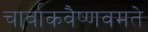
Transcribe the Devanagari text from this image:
चार्वाकवैष्णवमते